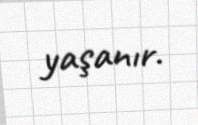
yaşanır.